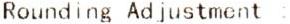
ROUNDING ADJUSTMENT :